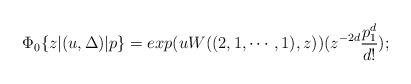
LaTeX: \begin{align*}\Phi_0\{z|(u,\Delta)|p\}=exp(uW((2,1,\cdots,1),z))(z^{-2d}\frac{p_1^d}{d!});\end{align*}